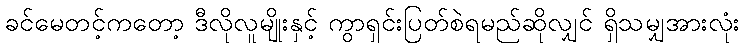
ခင်မေတင့်ကတော့ ဒီလိုလူမျိုးနှင့် ကွာရှင်းပြတ်စဲရမည်ဆိုလျှင် ရှိသမျှအားလုံး